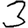
Digit: 3